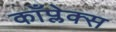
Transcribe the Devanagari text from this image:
काँप्लेक्स